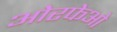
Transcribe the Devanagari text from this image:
ओरफेओ